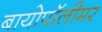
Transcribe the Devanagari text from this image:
बायोपॉलीमर